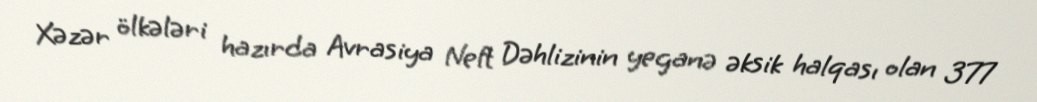
Xəzər ölkələri hazırda Avrasiya Neft Dəhlizinin yeganə əksik halqası olan 377